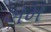
ખમ